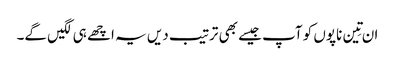
ان تِین ناپوں کو آپ جیسے بھی ترتیب دیں یہ اچھے ہی لگیں گے۔